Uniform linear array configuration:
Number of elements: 24
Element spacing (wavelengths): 0.25
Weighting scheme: blackman
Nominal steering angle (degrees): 60
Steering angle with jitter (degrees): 59.254
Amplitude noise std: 0.05
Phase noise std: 0.05

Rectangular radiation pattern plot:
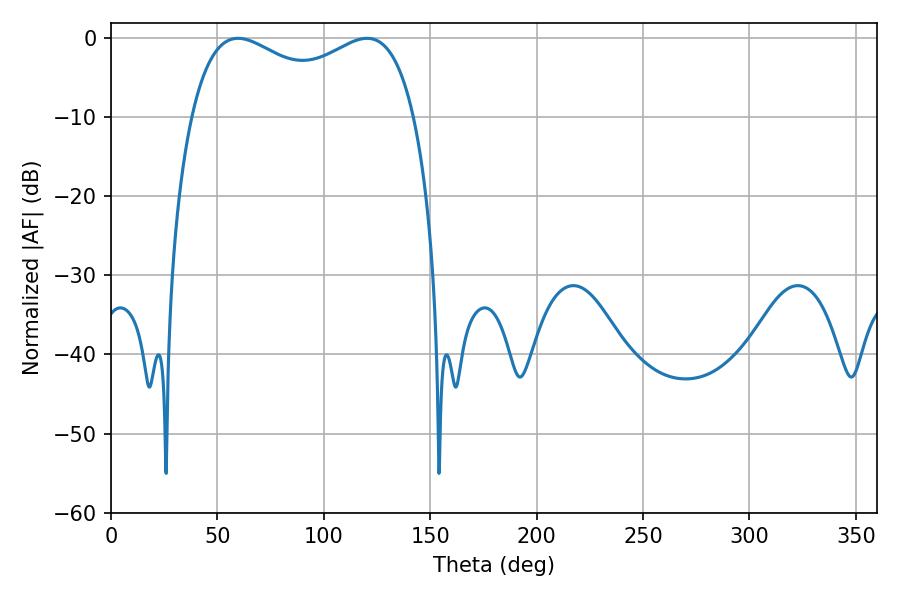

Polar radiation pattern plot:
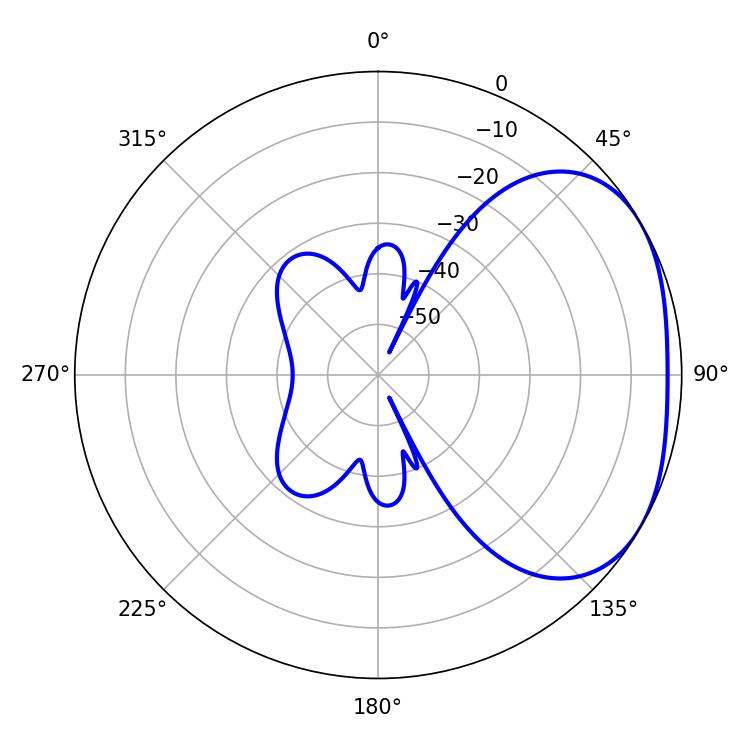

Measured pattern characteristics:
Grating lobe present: FALSE
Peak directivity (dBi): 2.589
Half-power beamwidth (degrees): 87.48
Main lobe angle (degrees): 59.76